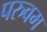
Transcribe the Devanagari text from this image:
परुवम